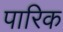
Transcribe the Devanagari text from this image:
पारिक